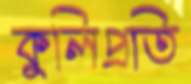
কুলিপ্রতি